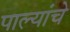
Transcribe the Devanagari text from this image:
पाल्यांचे